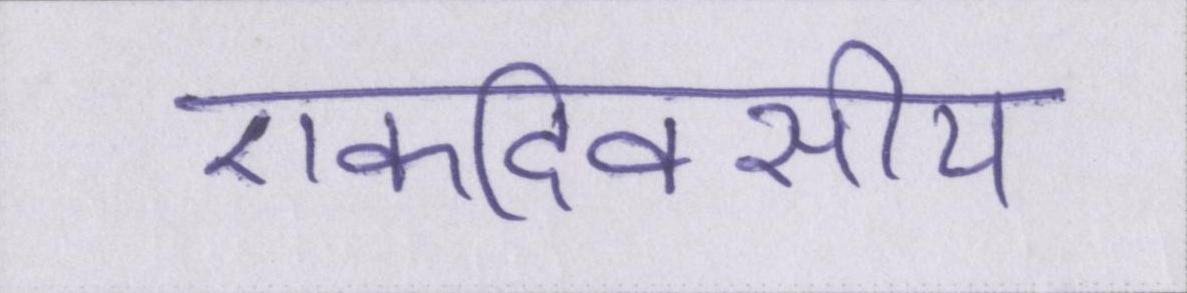
एकदिवसीय